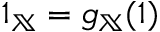
1 _ { \mathbb { X } } = g _ { \mathbb { X } } ( 1 )